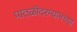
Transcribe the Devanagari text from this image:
पातळीदरम्यानच्या